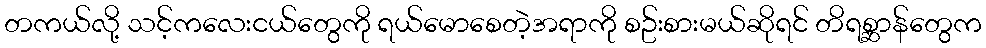
တကယ်လို့ သင့်ကလေးငယ်တွေကို ရယ်မောစေတဲ့အရာကို စဥ်းစားမယ်ဆိုရင် တိရစ္ဆာန်တွေက